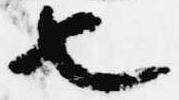
也